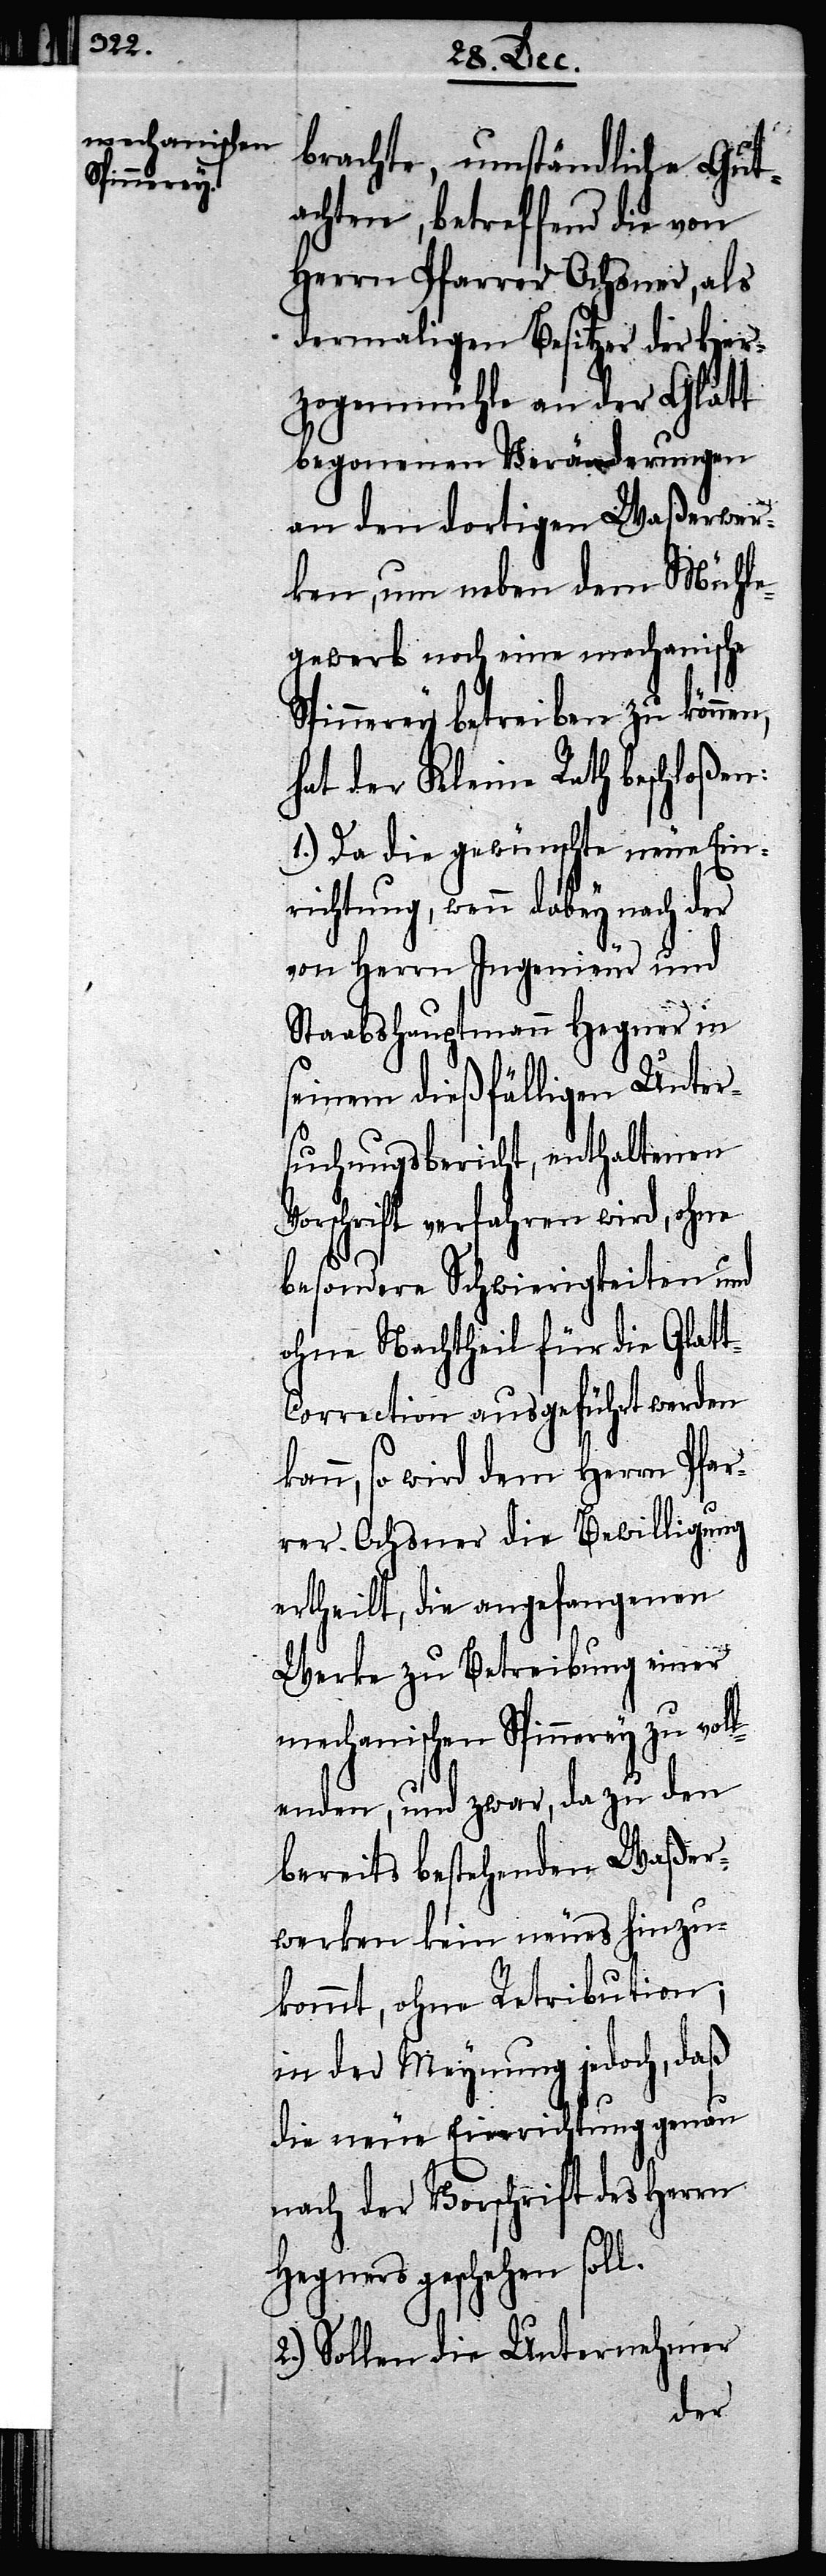
k¬

brachte, umständliche Gut¬
achten, betreffend die von
Herrn Pfarrer Ochsner, als
dermaligen Besitzer der Her¬
zogenmühle an der Glatt
begonenen Veränderungen
an den dortigen Waßerwer¬
ken, um neben dem Mühle¬
gewerb noch eine mechanische
Spinnerey betreiben zu können,
hat der Kleine Rath beschloßen:
1.) Da die gewünschte neue Ein¬
richtung, wenn dabey nach der
von Herrn Ingenieur und
Staabshauptmann Hegner in
seinem dießfälligen Unter¬
suchungsbericht, enthaltenen
Vorschrift verfahren wird, ohne
besondere Schwierigkeiten und
ohne Nachtheil für die Glat¬
orrection ausgeführt werden
ann, so wird dem Herrn Pfar¬
rer Ochsner die Bewilligung
ertheilt, die angefangenen
Werke zu Betreibung einer
mechanischen Spinnerey zu voll¬
enden, und zwar, da zu den
bereits bestehenden Waßer¬
werken kein neues hinzu¬
kommt, ohne Retribution;
in der Meynung jedoch, daß
die neue Einrichtung genau
nach der Vorschrift des Herrn
Hegners geschehen
2.) Sollen die Unternehmer